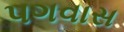
પગવાસ